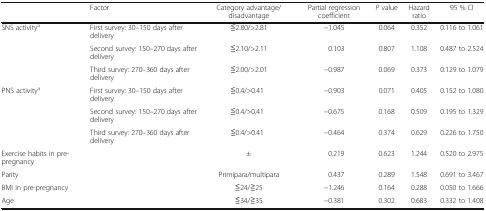
<table><thead><tr><td></td><td><b>Factor</b></td><td><b>Category advantage/disadvantage</b></td><td><b>Partial regression coefficient</b></td><td><b><i>P</i> value</b></td><td><b>Hazard ratio</b></td><td><b>95 % CI</b></td></tr></thead><tbody><tr><td rowspan="3">SNS activity<sup>a</sup></td><td>First survey: 30–150 days after delivery</td><td>≦2.80/&gt;2.81</td><td>−1.045</td><td>0.064</td><td>0.352</td><td>0.116 to 1.061</td></tr><tr><td>Second survey: 150–270 days after delivery</td><td>≦2.10/&gt;2.11</td><td>0.103</td><td>0.807</td><td>1.108</td><td>0.487 to 2.524</td></tr><tr><td>Third survey: 270–360 days after delivery</td><td>≦2.00/&gt;2.01</td><td>−0.987</td><td>0.069</td><td>0.373</td><td>0.129 to 1.079</td></tr><tr><td rowspan="3">PNS activity<sup>a</sup></td><td>First survey: 30–150 days after delivery</td><td>≦0.4/&gt;0.41</td><td>−0.903</td><td>0.071</td><td>0.405</td><td>0.152 to 1.080</td></tr><tr><td>Second survey: 150–270 days after delivery</td><td>≦0.4/&gt;0.41</td><td>−0.675</td><td>0.168</td><td>0.509</td><td>0.195 to 1.329</td></tr><tr><td>Third survey: 270–360 days after delivery</td><td>≦0.4/&gt;0.41</td><td>−0.464</td><td>0.374</td><td>0.629</td><td>0.226 to 1.750</td></tr><tr><td>Exercise habits in pre-pregnancy</td><td></td><td>±</td><td>0.219</td><td>0.623</td><td>1.244</td><td>0.520 to 2.975</td></tr><tr><td>Parity</td><td></td><td>Primipara/multipara</td><td>0.437</td><td>0.289</td><td>1.548</td><td>0.691 to 3.467</td></tr><tr><td>BMI in pre-pregnancy</td><td></td><td>≦24/≧25</td><td>−1.246</td><td>0.164</td><td>0.288</td><td>0.050 to 1.666</td></tr><tr><td>Age</td><td></td><td>≦34/≧35</td><td>−0.381</td><td>0.302</td><td>0.683</td><td>0.332 to 1.408</td></tr></tbody></table>